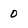
Character: 0